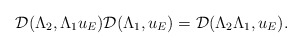
\begin{align*}\mathcal{D}({\Lambda}_2, {\Lambda}_1 u_E) \mathcal{D}({\Lambda}_1, u_E) = \mathcal{D}({\Lambda}_2 {\Lambda}_1, u_E).\end{align*}